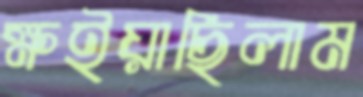
ক্ষইয়াছিলাম